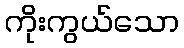
ကိုးကွယ်သော